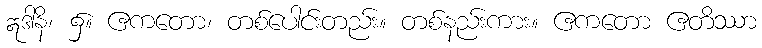
ဣဒါနိ၊ ၌။ ဧကတော၊ တစ်ပေါင်းတည်း။ တစ်နည်းကား။ ဧကတော ဧတိဿာ